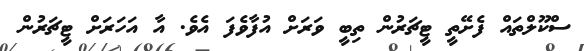
ސްކޫލްތައް ފެށޭތީ ޓީޗަރުން ތިބީ ވަރަށް އުފާވެފަ އެވެ. އާ އަހަރަށް ޓީޗަރުން